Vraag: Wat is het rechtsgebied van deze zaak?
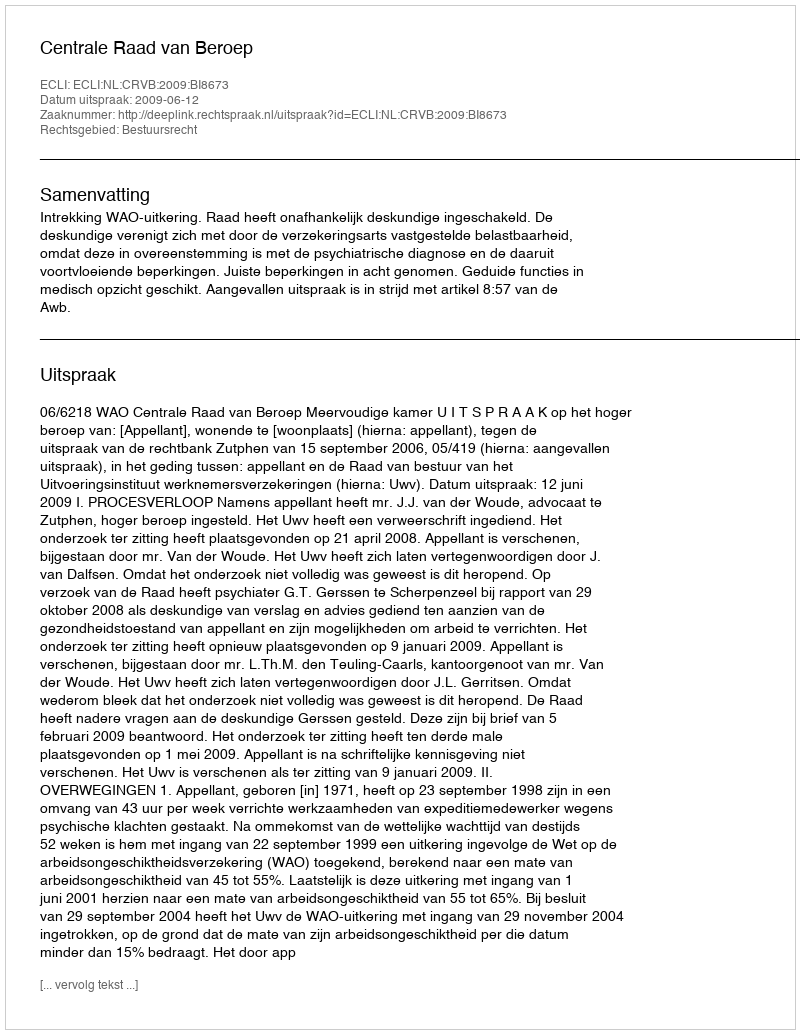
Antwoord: Bestuursrecht